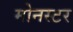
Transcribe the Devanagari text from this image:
मोनस्टर